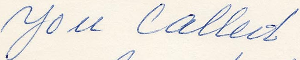
you called